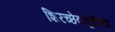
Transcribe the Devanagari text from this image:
शिरच्छेदापूर्वीच्या